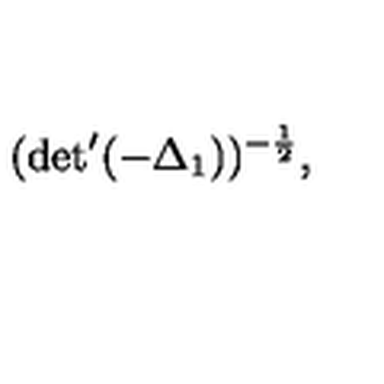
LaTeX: ( \mathrm { d e t } ^ { \prime } ( - { \Delta } _ { 1 } ) ) ^ { - \frac { 1 } { 2 } } ,